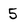
Character: 5